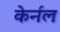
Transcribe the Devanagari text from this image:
केर्नल